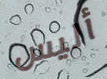
أليس